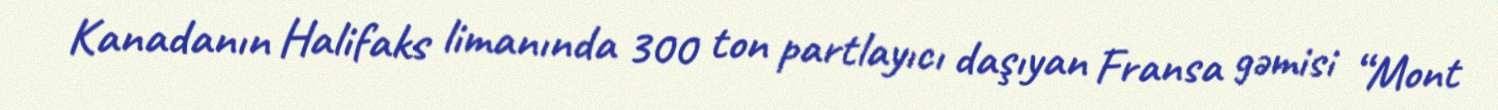
Kanadanın Halifaks limanında 300 ton partlayıcı daşıyan Fransa gəmisi “Mont